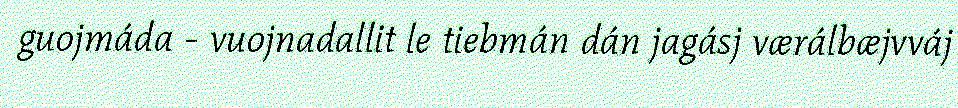
guojmáda - vuojnadallit le tiebmán dán jagásj værálbæjvváj